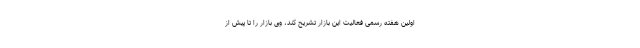
اولین هفته رسمی فعالیت این بازار تشریح کند، وی بازار را تا پیش از